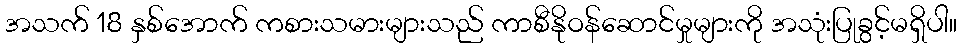
အသက် 18 နှစ်အောက် ကစားသမားများသည် ကာစီနိုဝန်ဆောင်မှုများကို အသုံးပြုခွင့်မရှိပါ။